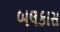
બલકાસ